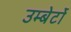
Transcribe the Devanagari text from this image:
उम्बेर्टो